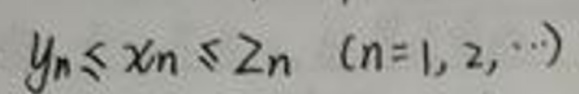
\[
y_n\leq x_n\leq z_n\quad (n = 1,2,\cdots)
\]